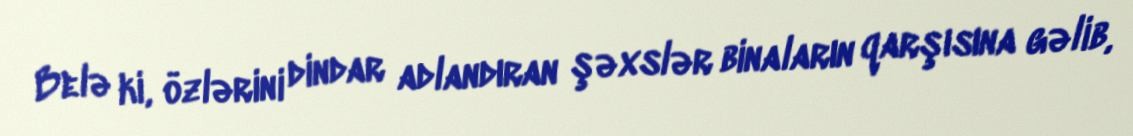
Belə ki, özlərini dindar adlandıran şəxslər binaların qarşısına gəlib,